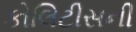
કોલિટીસની